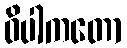
ဝိပါကတော